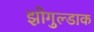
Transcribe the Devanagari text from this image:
झोगुल्डाक